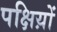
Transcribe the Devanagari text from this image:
पक्षिय़ों